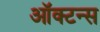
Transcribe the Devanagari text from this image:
ऑक्टन्स